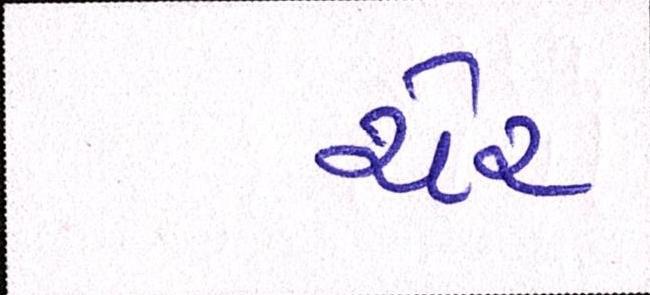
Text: ચેર